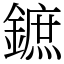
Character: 鏣